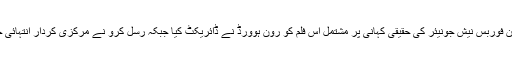
معروف ریاضی دان جان فوربس نیش جونیئر کی حقیقی کہانی پر مشتمل اس فلم کو رون ہوورڈ نے ڈائریکٹ کیا جبکہ رسل کرو نے مرکزی کردار انتہائی خوبصورتی سے ادا کیا۔